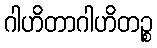
ဂါဟိတာဂါဟိတဉ္စ